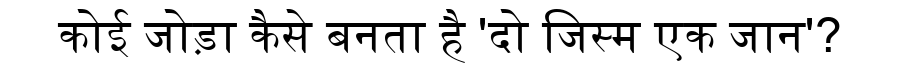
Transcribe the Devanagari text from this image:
कोई जोड़ा कैसे बनता है 'दो जिस्म एक जान'?